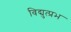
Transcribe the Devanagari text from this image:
विद्युत्प्रभ